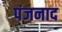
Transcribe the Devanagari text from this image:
पंजनाद